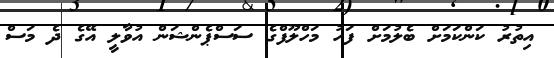
އިތުރު ކަންކަމަށް ބެލުމަށް ފަހު މަހްލޫފްގެ ސަސްޕެންޝަން އުވާލީ އޭގެ ދެ މަސް